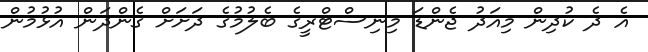
އެ ދެ ކުދިން މިއަދު ޖެންޑަ މިނިސްޓްރީގެ ބެލުމުގެ ދަށަށް ގެންދަން އުޅުމުން